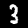
Label: 3